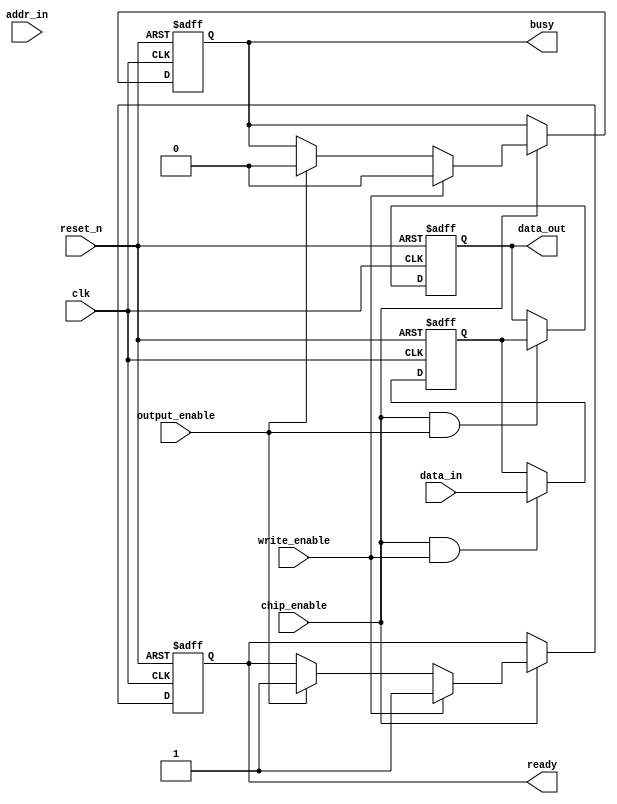
module nor_flash_io_block (
    input wire clk,           // System clock
    input wire reset_n,       // Active low reset
    input wire [7:0] data_in, // Data input
    input wire [15:0] addr_in, // Address input
    input wire chip_enable,    // Chip Enable signal
    input wire write_enable,    // Write Enable signal
    input wire output_enable,   // Output Enable signal
    output reg [7:0] data_out,  // Data output
    output reg busy,            // Busy status signal
    output reg ready            // Ready status signal
);

// Internal signals
reg [7:0] data_buffer;         // Data buffer for input data
reg [15:0] addr_buffer;        // Address buffer
reg status_register;           // Status register
reg read_state;               // Read state flag
reg write_state;              // Write state flag

// Data Input Buffer
always @(posedge clk or negedge reset_n) begin
    if (!reset_n) begin
        data_buffer <= 8'b0;
    end else if (chip_enable && write_enable) begin
        // Latching data input
        data_buffer <= data_in;  
    end
end

// Data Output Buffer
always @(posedge clk or negedge reset_n) begin
    if (!reset_n) begin
        data_out <= 8'b0;
    end else if (chip_enable && output_enable) begin
        data_out <= data_buffer; // Output data when enabled
    end
end

// Address Buffer
always @(posedge clk or negedge reset_n) begin
    if (!reset_n) begin
        addr_buffer <= 16'b0;
    end else if (chip_enable) begin
        addr_buffer <= addr_in; // Latch address input
    end
end

// Control Signal Decoder
always @(posedge clk or negedge reset_n) begin
    if (!reset_n) begin
        busy <= 1'b0;
        ready <= 1'b1;
        read_state <= 1'b0;
        write_state <= 1'b0;
    end else if (chip_enable) begin
        if (write_enable) begin
            busy <= 1'b1;      // Start write operation
            ready <= 1'b0;    
            write_state <= 1'b1; // Indicate write state
            // Timing control for writing data
            #5; // Assume some delay for writing
            busy <= 1'b0;
            ready <= 1'b1;
            write_state <= 1'b0;
        end else if (output_enable) begin
            busy <= 1'b1;      // Start read operation
            ready <= 1'b0;
            read_state <= 1'b1; // Indicate read state
            // Timing control for reading data
            #5; // Assume some delay for reading
            busy <= 1'b0;
            ready <= 1'b1;
            read_state <= 1'b0;
        end
    end
end

// Status Register
always @(posedge clk or negedge reset_n) begin
    if (!reset_n) begin
        status_register <= 1'b0; // Reset status
    end else begin
        // Update status based on operations
        status_register <= busy; // Busy indicates operation in progress
    end
end

// Error Detection Logic (Basic Example)
wire error_detected;
assign error_detected = (data_buffer != data_out); // Simple error detection example

endmodule